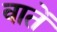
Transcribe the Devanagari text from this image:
वातें